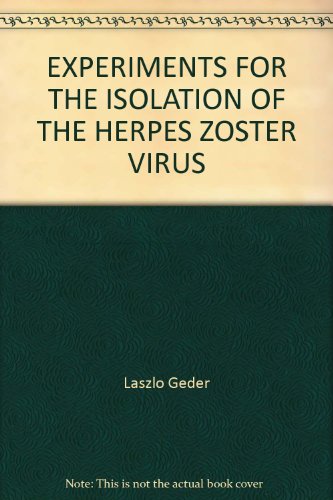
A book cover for EXPERIMENTS FOR THE ISOLATION OF THE HERPES ZOSTER VIRUS; Laszlo Geder; Health, Fitness & Dieting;